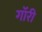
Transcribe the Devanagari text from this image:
गॉरी